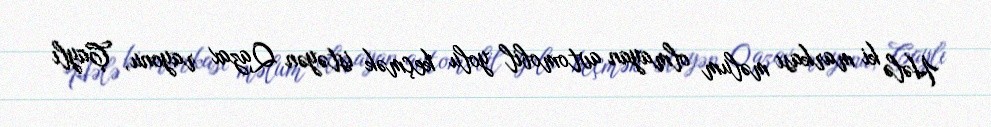
Hələ ki markası məlum olmayan avtomobil yolu keçmək istəyən Qazax rayonu, Çaylı